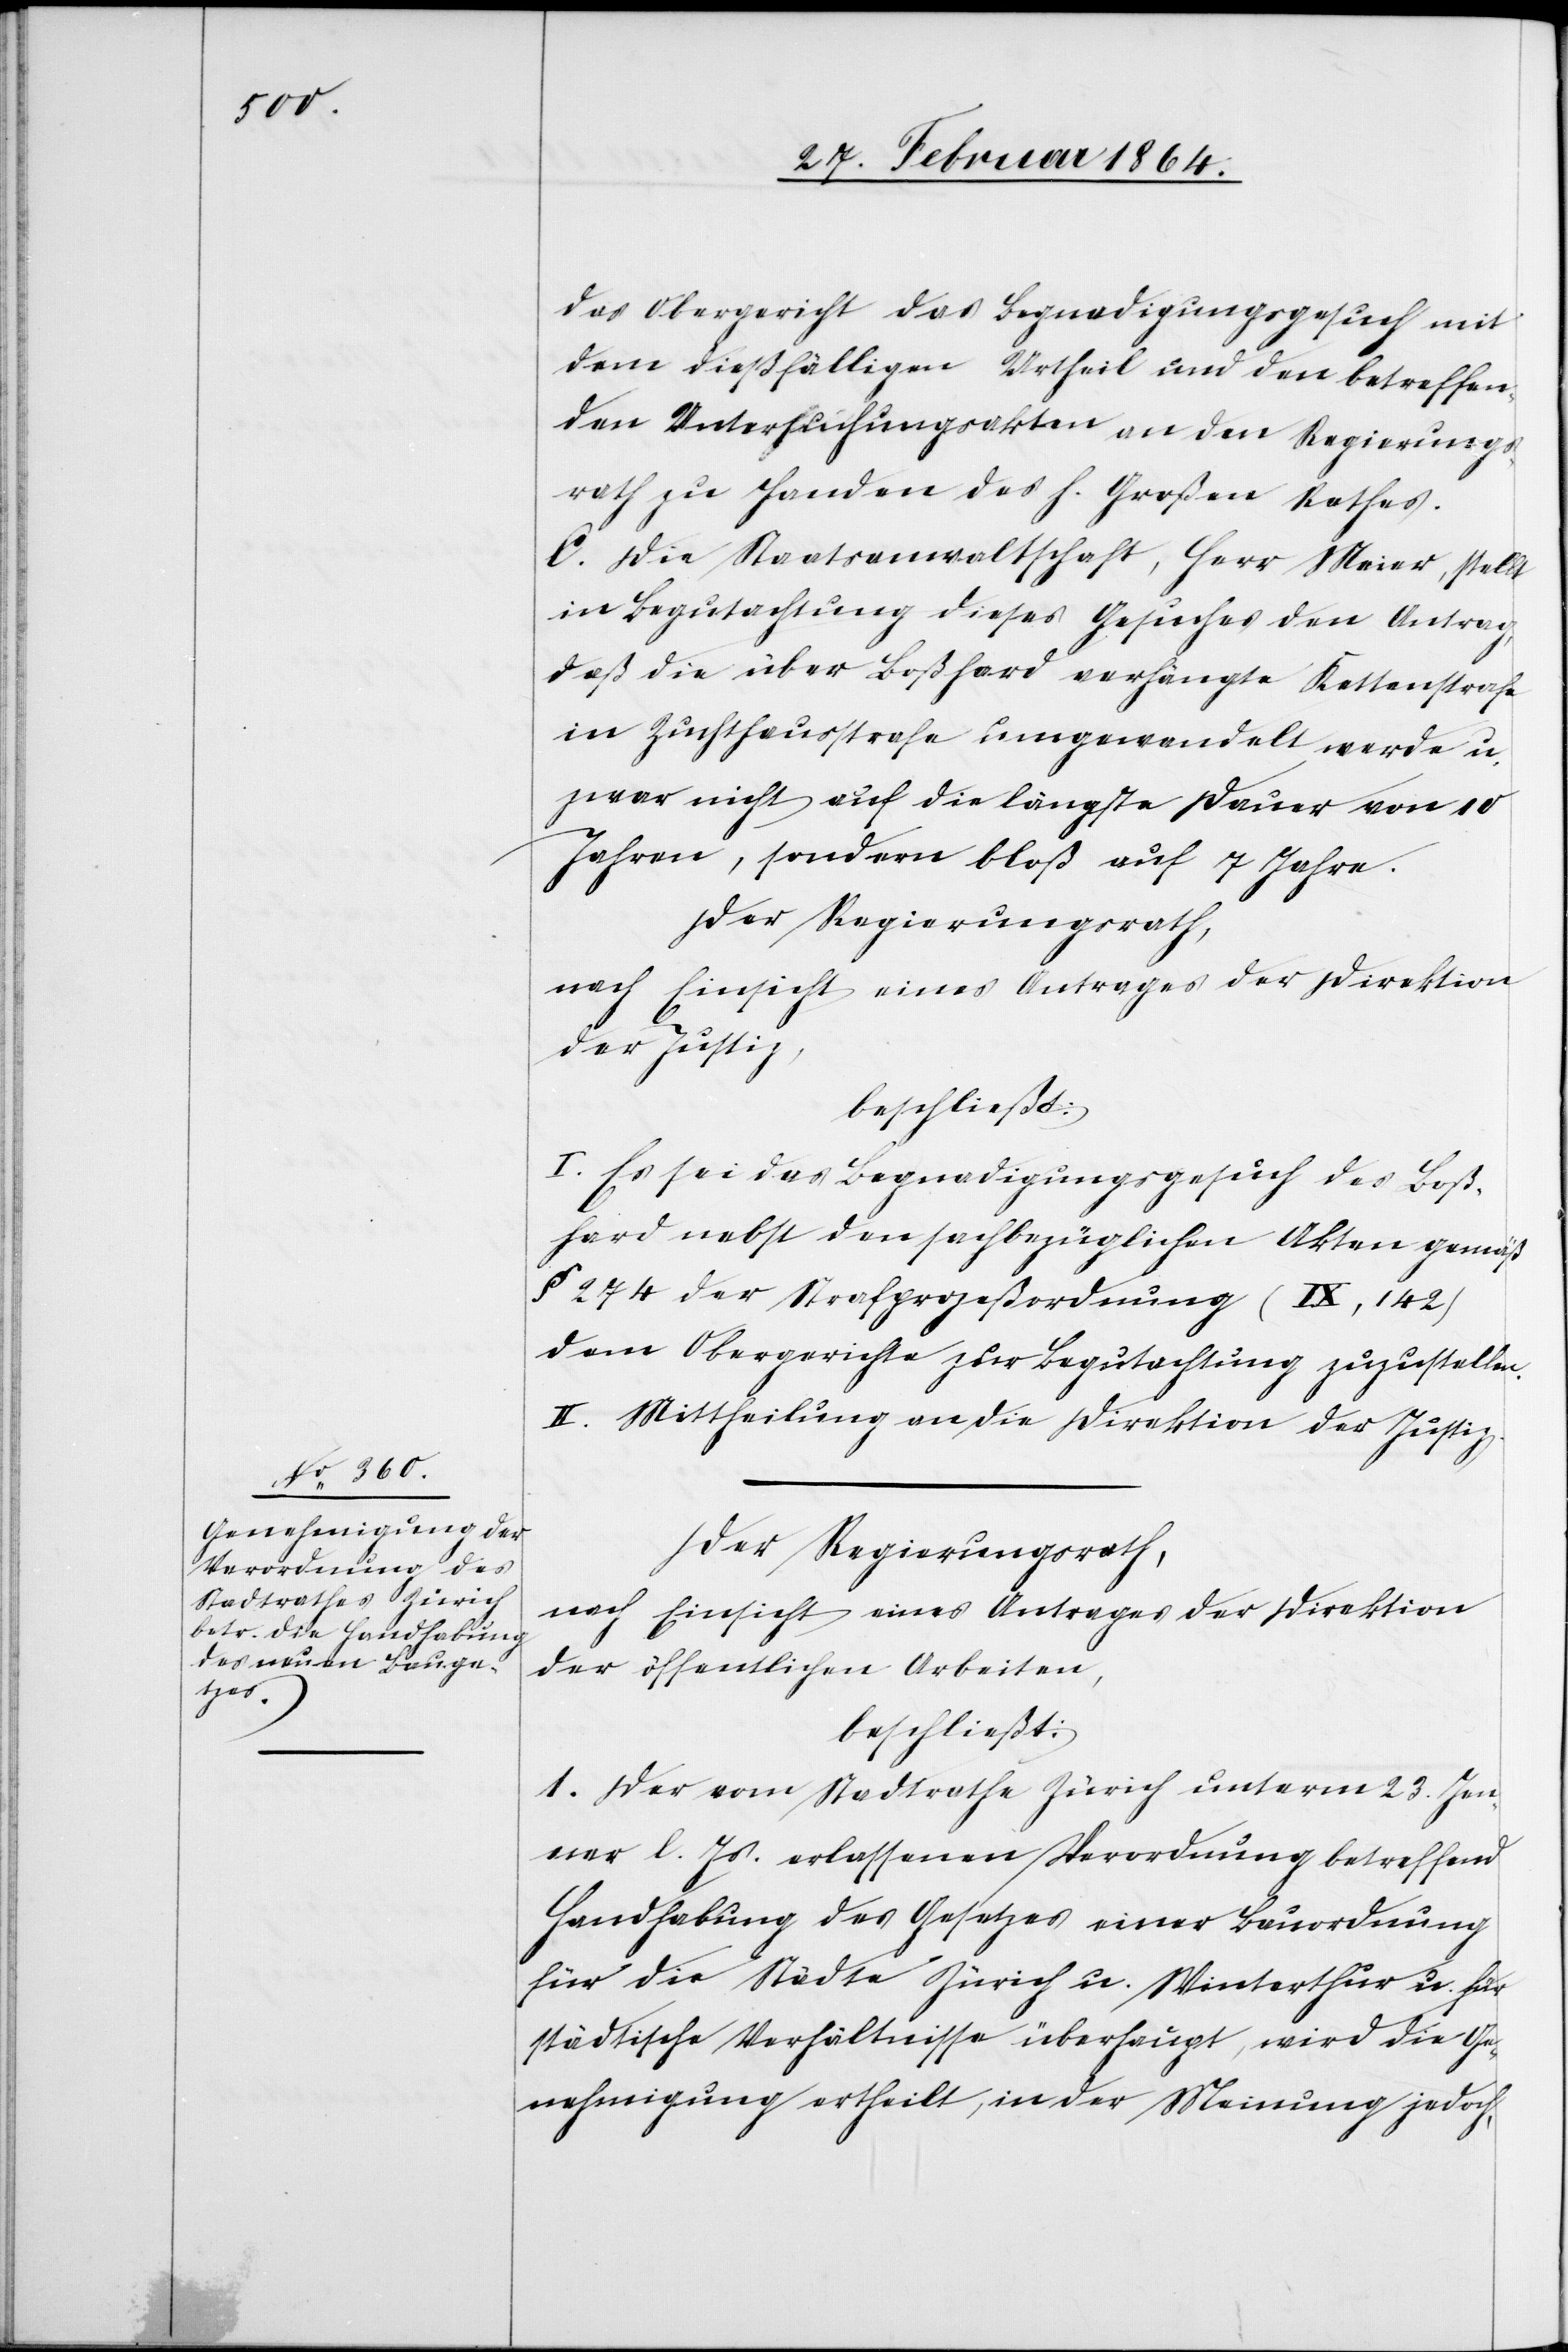
das Obergericht das Begnadigungsgesuch mit
dem dießfälligen Urtheil und den betreffen¬
den Untersuchungsakten an den Regierungs¬
rath zu Handen des h. Großen Rathes.
C. Die Staatsanwaltschaft, Herr Meier, stellt
in Begutachtung dieses Gesuches den Antrag,
daß die über Boßhard verhängte Kettenstrafe
in Zuchthausstrafe umgewandelt werde u.
zwar nicht auf die längste Dauer von 10
Jahren, sondern bloß auf 7 Jahre.
Der Regierungsrath,
nach Einsicht eines Antrages der Direktion
der Justiz,
beschließt:
I. Es sei das Begnadigungsgesuch des Boß¬
hard nebst den sachbezüglichen Akten gemäß
§ 274 der Strafprozeßordnung (XI, 142)
dem Obergerichte zur Begutachtung zuzustellen.
II. Mittheilung an die Direktion der Justiz.
Der Regierungsrath,
nach Einsicht eines Antrages der Direktion
der öffentlichen Arbeiten,
beschließt:
1. Der vom Stadtrathe Zürich unterm 23. Jen¬
ner l. Js. erlassenen Verordnung betreffend
Handhabung des Gesetzes einer Bauordnung
für die Städte Zürich u. Winterthur u. für
städtische Verhältnisse überhaupt, wird die Ge¬
nehmigung ertheilt, in der Meinung jedoch,